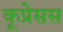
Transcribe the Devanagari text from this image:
कूप्रेसस